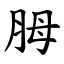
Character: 胟